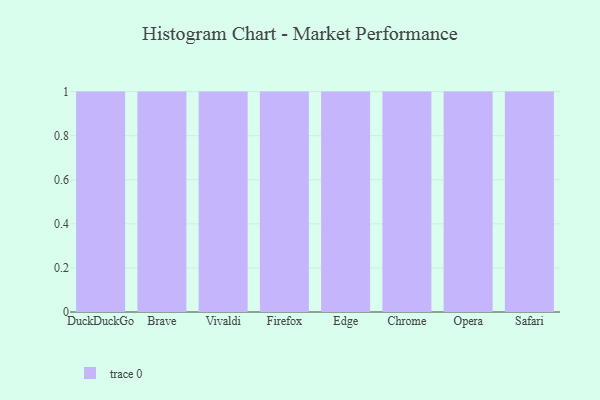
{"axis": {"x": "Browser", "y": "Website Visitors"}, "legend": [""], "data": [{"x": "DuckDuckGo", "y": 71, "type": ""}, {"x": "Brave", "y": 88, "type": ""}, {"x": "Vivaldi", "y": 10, "type": ""}, {"x": "Firefox", "y": 62, "type": ""}, {"x": "Edge", "y": 13, "type": ""}, {"x": "Chrome", "y": 93, "type": ""}, {"x": "Opera", "y": 41, "type": ""}, {"x": "Safari", "y": 1, "type": ""}]}